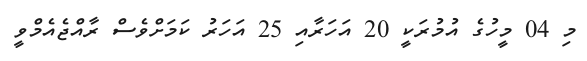
މި 04 މީހުގެ އުމުރަކީ 20 އަހަރާއި 25 އަހަރު ކަމަށްވެސް ރާއްޖެއެމްވީ